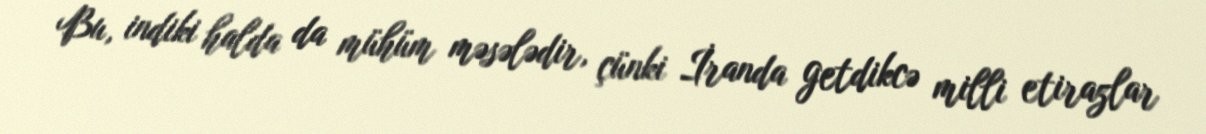
Bu, indiki halda da mühüm məsələdir, çünki İranda getdikcə milli etirazlar